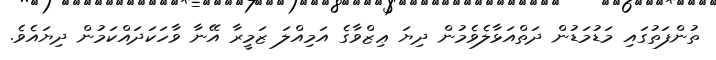
ތުންފަތުގައި މަޑުމަޑުން ދަތްއަޅާލެވެމުން ދިޔަ ޢިޒްވާގެ އަމިއްލަ ޒަމީރާ އޭނާ ވާހަކަދައްކަމުން ދިޔައެވެ.